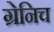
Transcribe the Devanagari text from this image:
ग्रेनिच